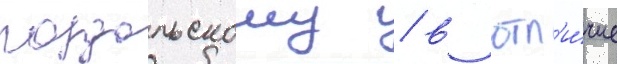
роздольскому / в отл'и́чие